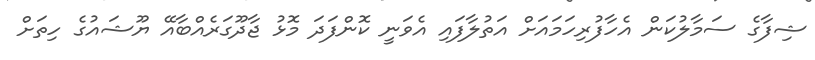
ޝިފާގެ ސަމާލުކަން އެހާފުރިހަމައަށް އަތުލާފައި އެވަނީ ކޮންފަދަ މޮޅު ޖާދޫގަރެއްބާއޭ ޔޫޝައުގެ ހިތަށް